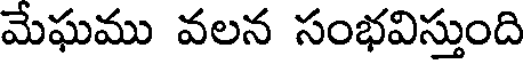
మేఘము వలన సంభవిస్తుంది